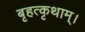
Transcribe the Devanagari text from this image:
बृहत्कृथाम्।